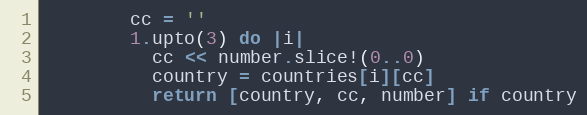
Language: Ruby
        cc = ''
        1.upto(3) do |i|
          cc << number.slice!(0..0)
          country = countries[i][cc]
          return [country, cc, number] if country